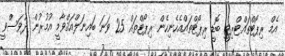
އެމް ރިޕޯޓްތައްޓްރިޓީ ބޮޑީ ރިޕޯޓްތައްއެހެނިހެން ރިޕޯޓްތައް 25 ވަނަ ބައިނަލްއަޤްވާމީ އުމުރުން ދުވަސްވީ